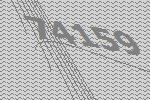
74159